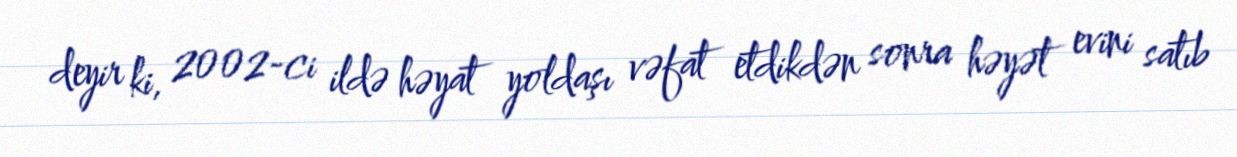
deyir ki, 2002-ci ildə həyat yoldaşı vəfat etdikdən sonra həyət evini satıb